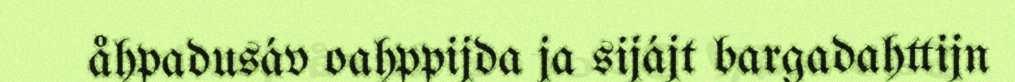
åhpadusáv oahppijda ja sijájt bargadahttijn